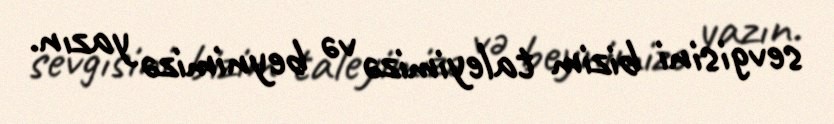
sevgisini bizim taleyimizə və beynimizə yazın.